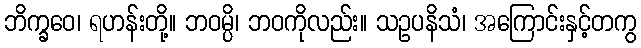
ဘိက္ခဝေ၊ ရဟန်းတို့။ ဘဝမ္ပိ၊ ဘဝကိုလည်း။ သဥပနိသံ၊ အကြောင်းနှင့်တကွ